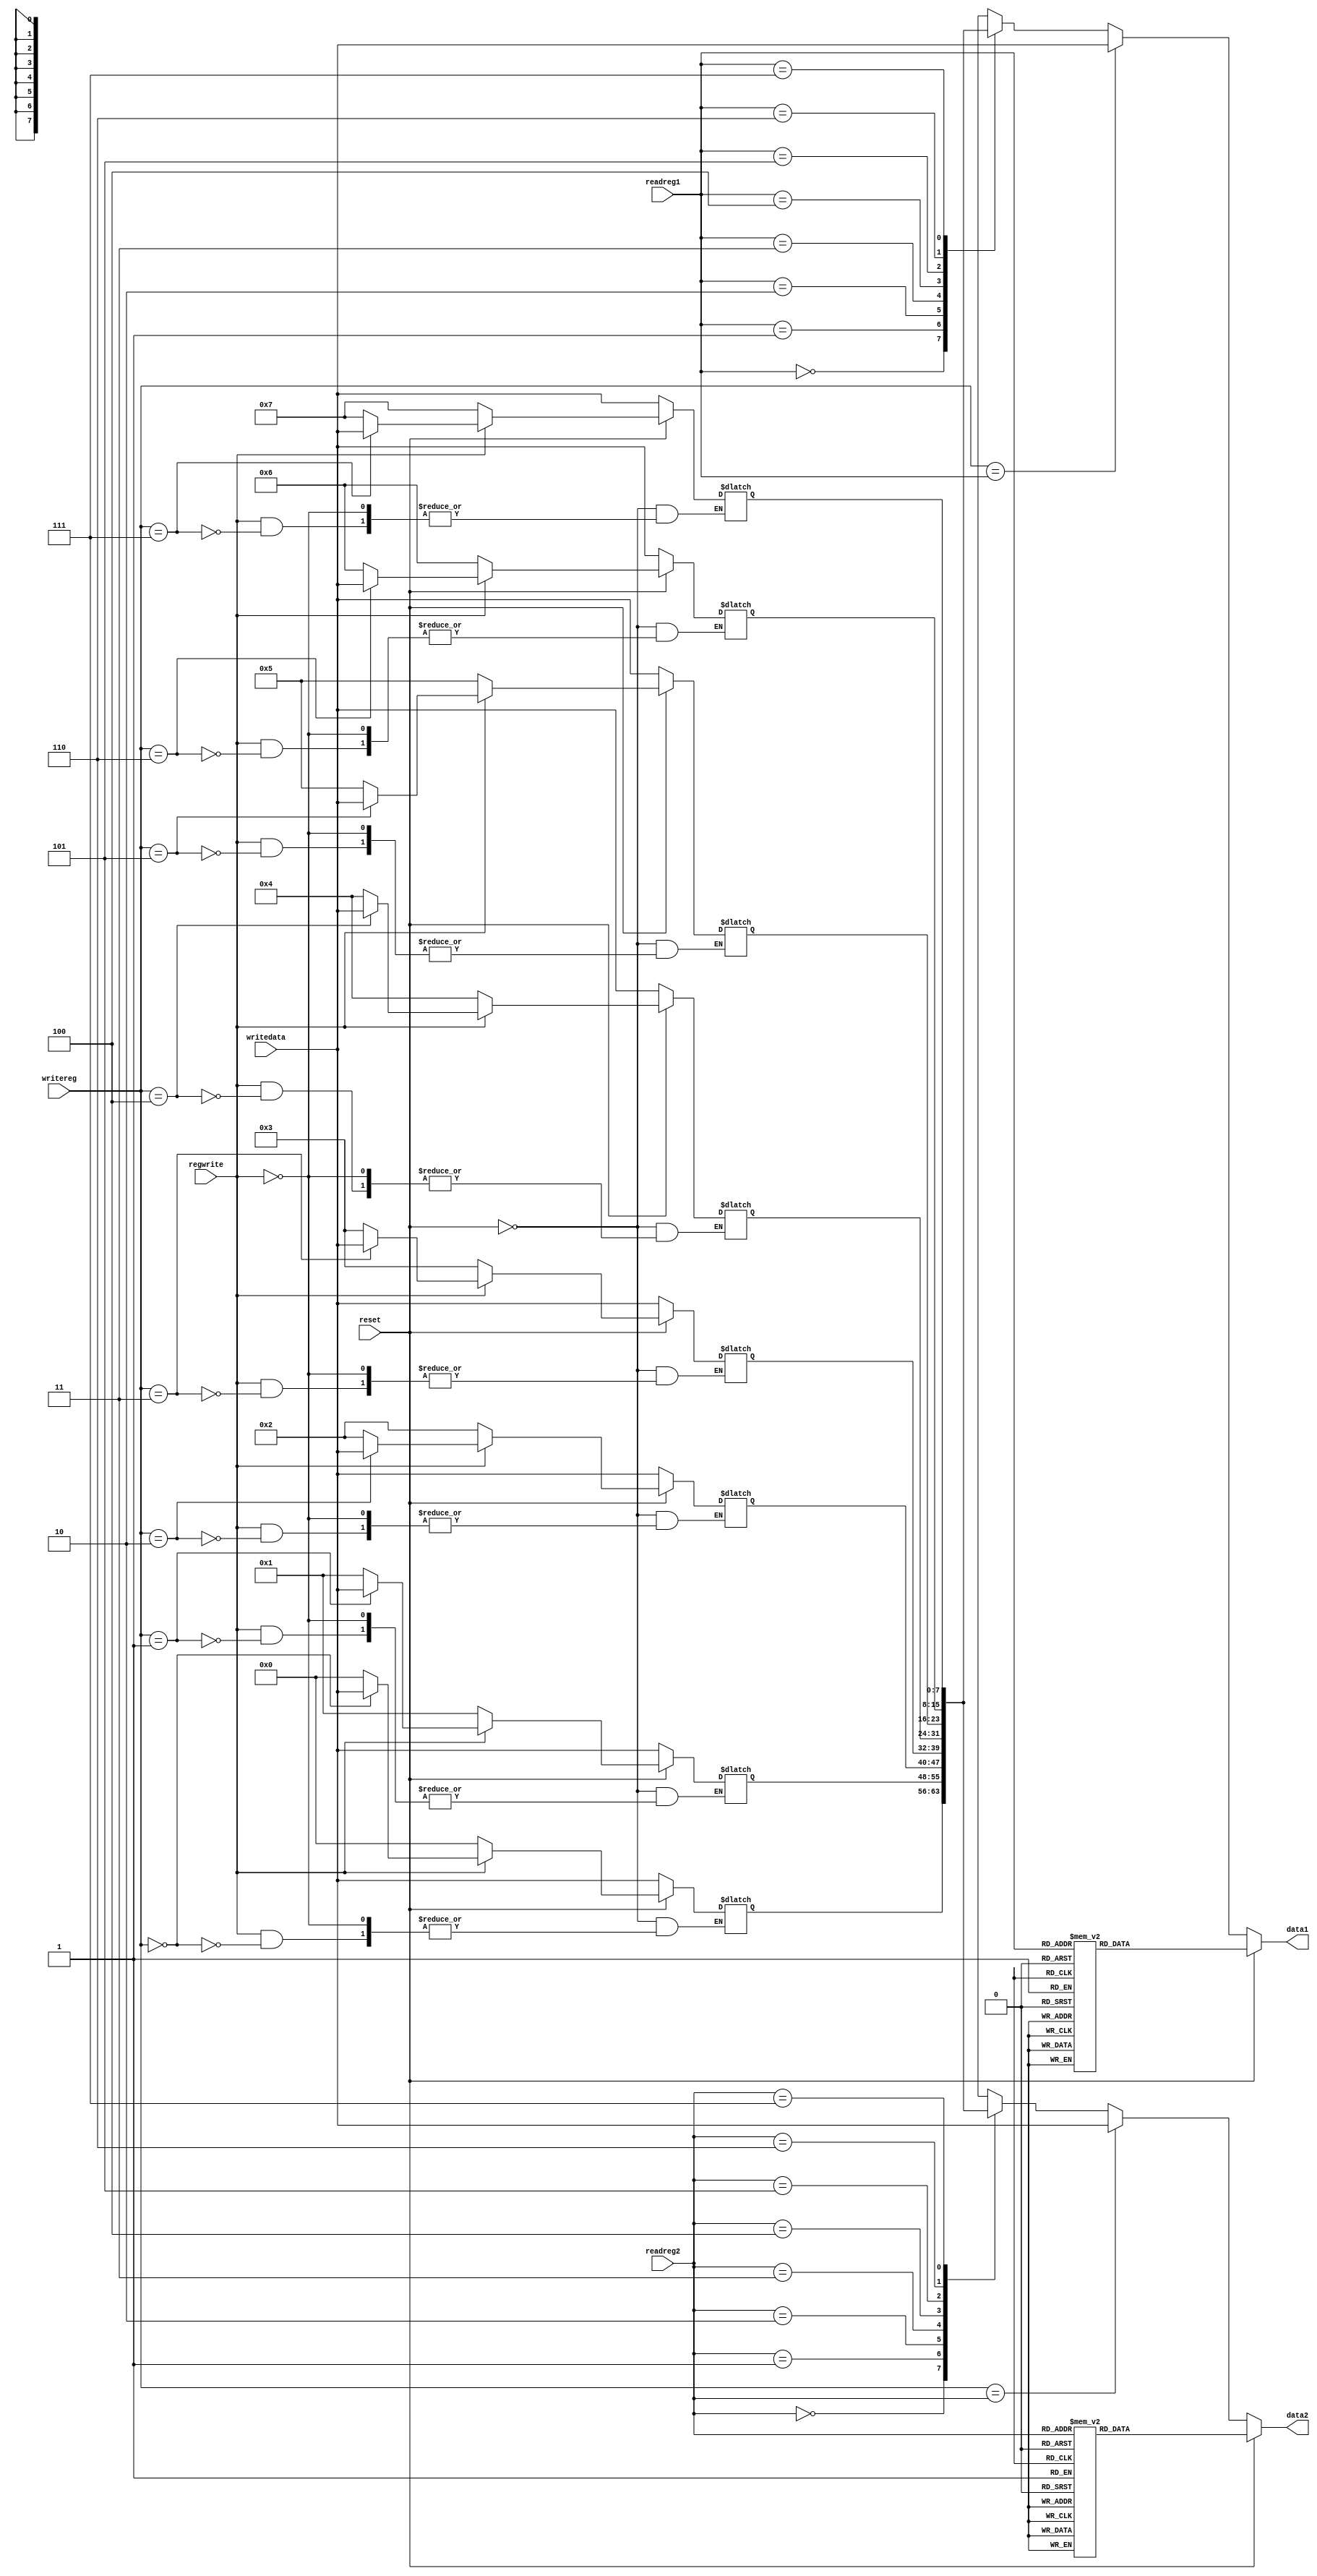
`timescale 1ns / 1ps
//////////////////////////////////////////////////////////////////////////////////
// Company: 
// Engineer: 
// 
// Design Name: 
// Module Name:    regfile 
// Project Name: 
// Target Devices: 
// Tool versions: 
// Description: 
//
// Dependencies: 
//
// Revision: 
// Revision 0.01 - File Created
// Additional Comments: 
//
//////////////////////////////////////////////////////////////////////////////////
module regfile(
    input [2:0] readreg1,
    input [2:0] readreg2,
    input reset,
	 input regwrite,
	 input [2:0] writereg,
	 input [7:0] writedata,
    output reg [7:0] data1,
    output reg [7:0] data2
    );
reg [7:0] fixreg [7:0];
always @(readreg1 or readreg2 or writedata)
begin
if(reset==1)
begin
fixreg[0] = 'd0; fixreg[1] = 'd1; fixreg[2] = 'd2; 
fixreg[3] = 'd3; fixreg[4] = 'd4; fixreg[5] = 'd5; fixreg[6] = 'd6; fixreg[7] = 'd7;
data1 <= fixreg[readreg1];
data2 <= fixreg[readreg2];
if(regwrite==1)
begin
fixreg[writereg] <= writedata;
end
end
else
begin
if(writereg==readreg1)
begin
data1 <= writedata;
end
else
begin
data1 <= fixreg[readreg1];
end
if(writereg==readreg2)
begin
data2 <= writedata;
end
else
begin
data2 <= fixreg[readreg2];
end
if(regwrite==1)
begin
fixreg[writereg] <= writedata;
end
end
end
endmodule